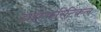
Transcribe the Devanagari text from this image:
डाईएकरिटिकल